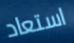
استعاد